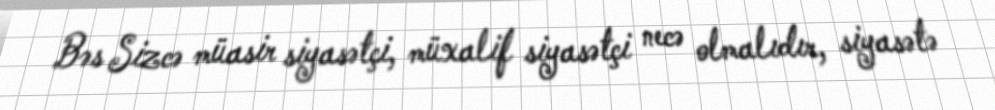
Bəs Sizcə müasir siyasətçi, müxalif siyasətçi necə olmalıdır, siyasətə